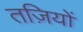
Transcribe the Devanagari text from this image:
तज़ियों